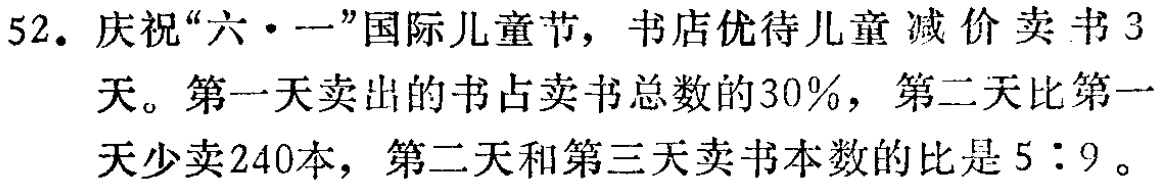
52. 庆祝“六·一”国际儿童节，书店优待儿童减价卖书3天。第一天卖出的书占卖书总数的30%，第二天比第一天少卖240本，第二天和第三天卖书本数的比是5：9。